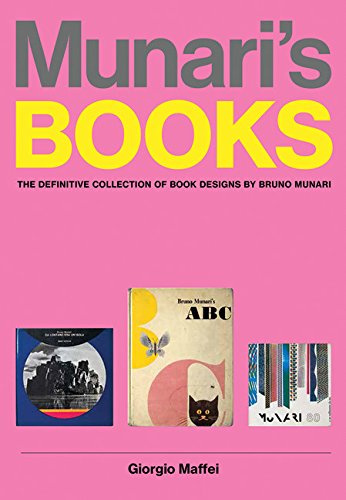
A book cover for Munari's Books; Giorgio Maffei; Arts & Photography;